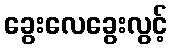
ခွေးလေခွေးလွင့်